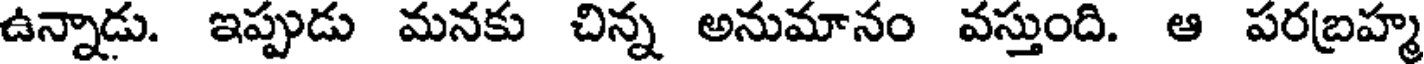
ఉన్నాడు. ఇప్పుడు మనకు చిన్న అనుమానం వస్తుంది. ఆ పరబ్రహ్మ